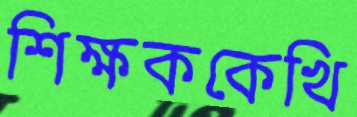
শিক্ষককেখি